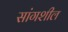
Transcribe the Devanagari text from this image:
सांगशील